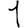
Digit: 1